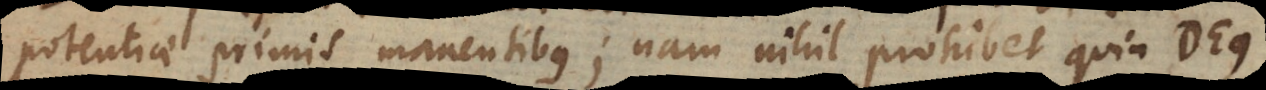
potentiae primis manentibus; nam nihil prohibet quin Deu